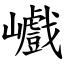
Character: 巇